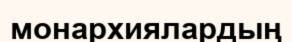
монархиялардың